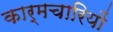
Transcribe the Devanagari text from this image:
कार्मचारियों